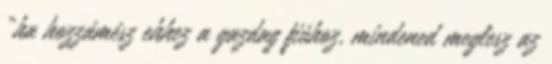
„ha hozzámész ehhez a gazdag ﬁúhoz, mindened meglesz az